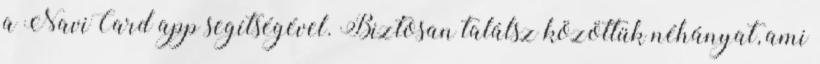
a NaviCard app segítségével. Biztosan találsz közöttük néhányat, ami